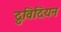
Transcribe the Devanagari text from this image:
द्रुविदियन